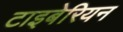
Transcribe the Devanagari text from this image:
टाइबेरियन